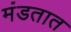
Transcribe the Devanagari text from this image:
मंडतात